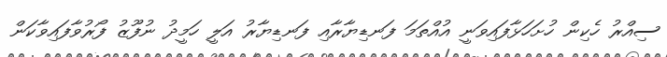
ސިއްރު ހެކިން ހުށަހަޅާފައިވަނީ އުއްތަމަ ފަނޑިޔާރާއި ފަނޑިޔާރު އަލީ ހަމީދު ނުފޫޒު ފޯރުވާފައިވާކަން